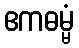
ဧကဓမ္မံ